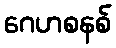
ဂေဟစနစ်